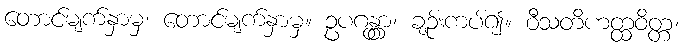
တောင်မျက်နှာမှ၊ တောင်မျက်နှာမှ။ ဥပဂန္တွာ၊ ချဉ်းကပ်၍။ ဝီသတိဟတ္ထဝိတ္တ၊